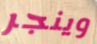
وينجر